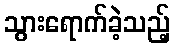
သွားရောက်ခဲ့သည့်